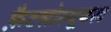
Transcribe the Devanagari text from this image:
फ़ैटसोल्यूबल